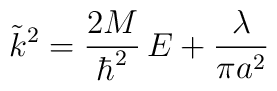
\tilde{k}^2= \frac{2M}{\hbar^{2}} \,   E+\frac{\lambda}{\pi a^2} \;